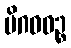
မိဂဝဓဉ္စ